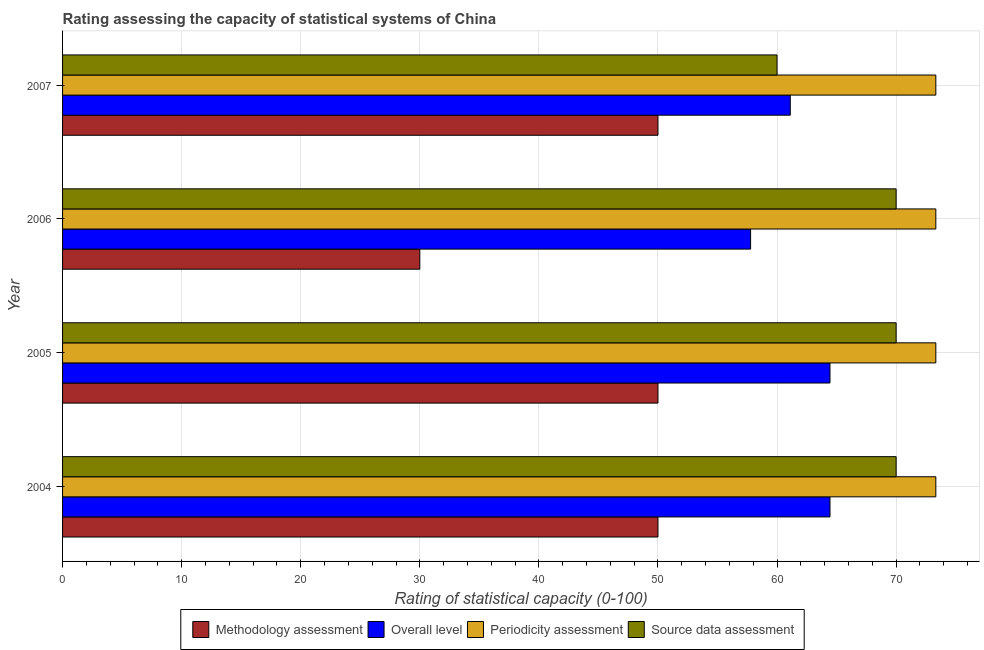
| Year | Methodology assessment | Overall level | Periodicity assessment | Source data assessment |
 | --- | --- | --- | --- | --- |
 | 2004 | 50 | 64.4 | 73.3 | 70 |
 | 2005 | 50 | 64.4 | 73.3 | 70 |
 | 2006 | 30 | 57.8 | 73.3 | 70 |
 | 2007 | 50 | 61.1 | 73.3 | 60 |